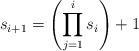
LaTeX: \begin{align*}s_{i+1} = \left( \prod_{j=1}^i s_i \right) + 1\end{align*}